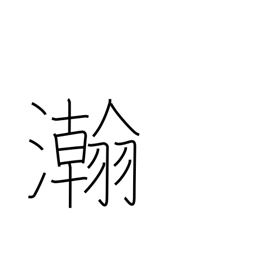
Meaning: wide & large